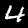
Label: 4